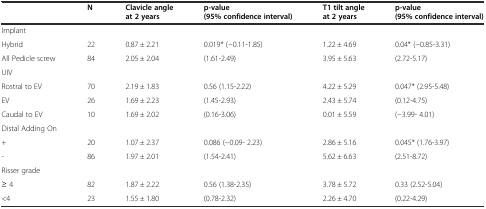
|  | N | Clavicle angle at 2 years | p-value (95% confidence interval) | T1 tilt angle at 2 years | p-value (95% confidence interval) |
 | --- | --- | --- | --- | --- | --- |
 | Implant |  |  |  |  |  |
 | Hybrid | 22 | 0.87 ± 2.21 | 0.019* (−0.11-1.85) | 1.22 ± 4.69 | 0.04* (−0.85-3.31) |
 | All Pedicle screw | 84 | 2.05 ± 2.04 | (1.61-2.49) | 3.95 ± 5.63 | (2.72-5.17) |
 | UIV |  |  |  |  |  |
 | Rostral to EV | 70 | 2.19 ± 1.83 | 0.56 (1.15-2.22) | 4.22 ± 5.29 | 0.047* (2.95-5.48) |
 | EV | 26 | 1.69 ± 2.23 | (1.45-2.93) | 2.43 ± 5.74 | (0.12-4.75) |
 | Caudal to EV | 10 | 1.69 ± 2.02 | (0.16-3.06) | 0.01 ± 5.59 | (−3.99- 4.01) |
 | Distal Adding On |  |  |  |  |  |
 | + | 20 | 1.07 ± 2.37 | 0.086 (−0.09- 2.23) | 2.86 ± 5.16 | 0.045* (1.76-3.97) |
 | - | 86 | 1.97 ± 2.01 | (1.54-2.41) | 5.62 ± 6.63 | (2.51-8.72) |
 | Risser grade |  |  |  |  |  |
 | ≥ 4 | 82 | 1.87 ± 2.22 | 0.56 (1.38-2.35) | 3.78 ± 5.72 | 0.33 (2.52-5.04) |
 | <4 | 23 | 1.55 ± 1.80 | (0.78-2.32) | 2.26 ± 4.70 | (0.22-4.29) |